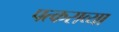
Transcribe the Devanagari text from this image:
पत्कराव्या